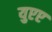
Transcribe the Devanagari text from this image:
युएए